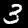
Digit: 3